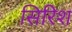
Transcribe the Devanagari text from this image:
सिरिश